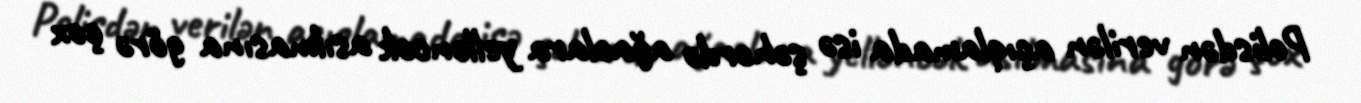
Polisdən verilən açıqlamada isə şəhərdə ağaclara yelləncək asılmasına görə çox